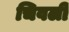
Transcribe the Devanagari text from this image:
चिवली